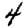
Digit: 4